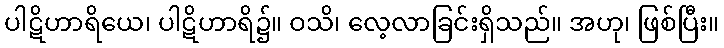
ပါဋိဟာရိယေ၊ ပါဋိဟာရိ၌။ ဝသိ၊ လေ့လာခြင်းရှိသည်။ အဟု၊ ဖြစ်ပြီး။